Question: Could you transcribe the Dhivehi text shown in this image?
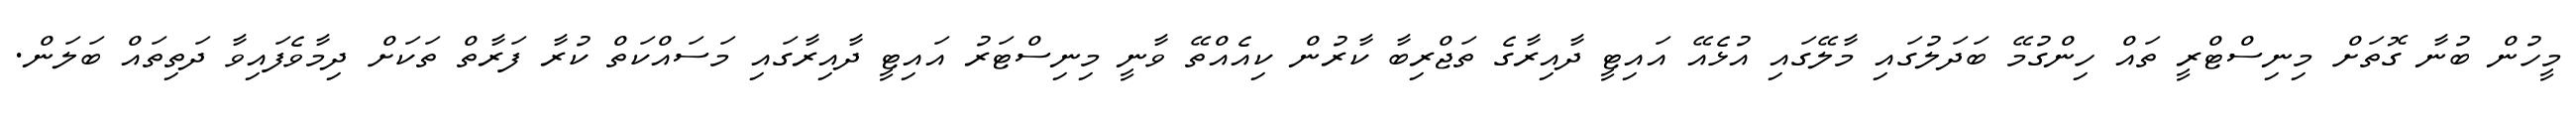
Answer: މީހުން ބުނާ ގޮތަށް މިނިސްޓްރީ ތައް ހިންގުމޭ ބަދަލުގައި މާލޭގައި އުޅެއޭ އައިޓީ ދާއިރާގެ ތަޖްރިބާ ކާރުން ކިއެއްތޭ ވާނީ މިނިސްޓަރު އައިޓީ ދާއިރާގައި މަސައްކަތް ކުރާ ފަރާތް ތަކަށް ދިމާވެފައިވާ ދަތިތައް ބަލަން.